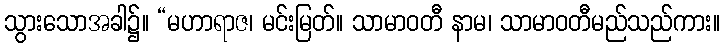
သွားသောအခါ၌။ “မဟာရာဇ၊ မင်းမြတ်။ သာမာဝတီ နာမ၊ သာမာဝတီမည်သည်ကား။